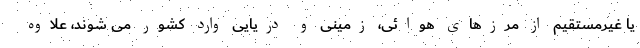
یا غیرمستقیم از مرزهای هوائی، زمینی و دریایی وارد کشور می شوند، علاوه